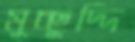
মুচ্ছুদ্দি